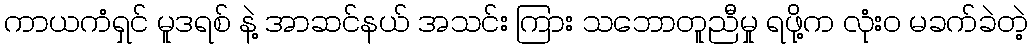
ကာယကံရှင် မူဒရစ် နဲ့ အာဆင်နယ် အသင်း ကြား သဘောတူညီမှု ရဖို့က လုံးဝ မခက်ခဲတဲ့